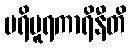
ပရိပူရကာရိနီတိ